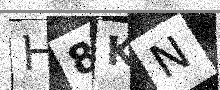
Text: H8KN